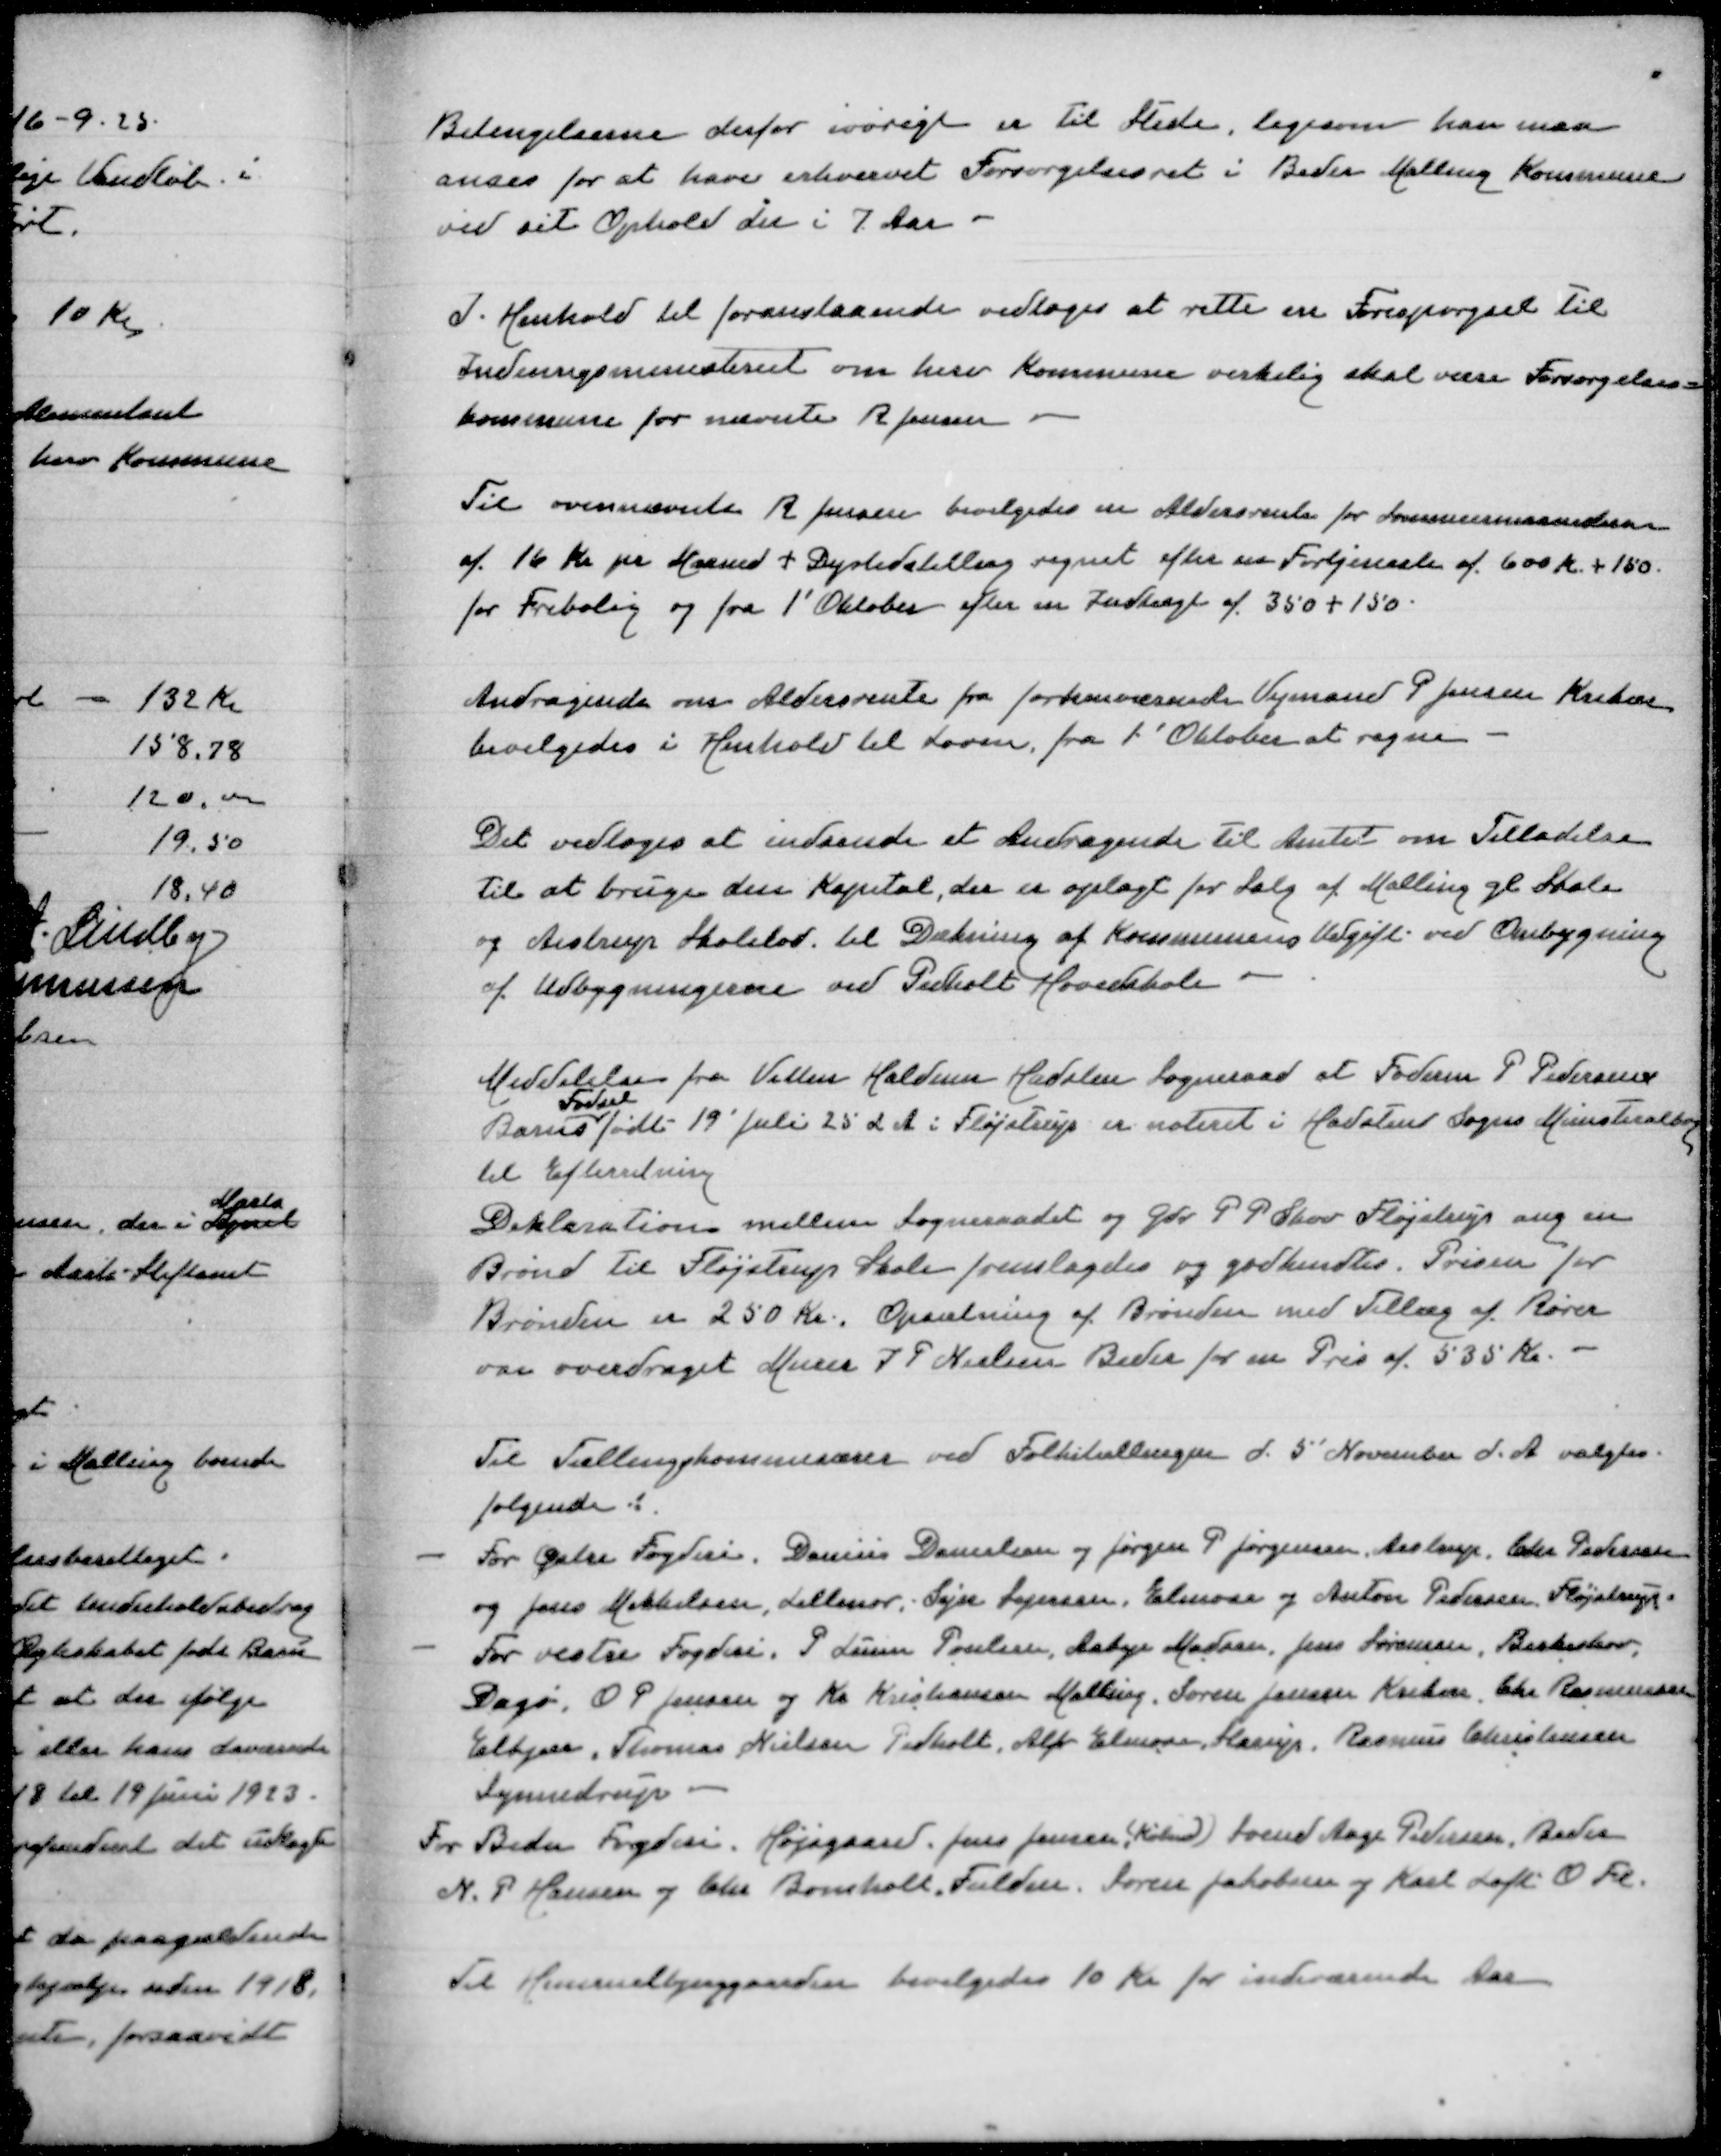
Transskription:
Betingelserne derfor iøvrigt er til Stede, ligesom han maa
anses for at have erhvervet Forsørgelsesret i Beder Malling Kommune
ved sit Ophold der i 7 Aar

I Henhold til foranstaaende vedtoges at rette en Forespørgsel til
Indenrigsministeriet om herv Kommune virkelig skal være Forsørgelses=
kommune for nævnte R Jensen

Til ovennævnte R Jensen bevilgedes en Aldersrente for Sommermaanederne
af 16 Kr pr Maaned + Dyrtidstillæg regnet efter en Fortjeneste af 600 Kr + 150
for Fribolig og fra 1' Oktober efter en Indtægt af 350 + 150

Andragende om Aldersrente fra forhenværende Vejmand P Jensen Krekær
bevilgedes i Henhold til Loven fra 1' Oktober at regne

Det vedtoges at indsende et Andragende til Amtet om Tilladelse
til at bruge den Kapital, der er oplagt til Salg af Malling gl Skole
og Aistrup Skolelod til Dækning af Kommunens Udgift ved Ombygning
af Udbygningerne ved Pedholt Hovedskole

Meddelelse fra Vitten Haldum Hadsten Sogneraad at Foderm P Pedersens
Fødsel
Barns født 19' Juli 25 d A i Fløjstrup er noteret i Hadsten Sogns Minesteralbog
til Efterretning
Deklaration mellem Sogneraadet og Gdr P P skov Fløjstrup ang en
Brønd til Fløjstrup Skole fremlagdes og godkendtes. Prisen for
Brønden er 250 Kr Opsætning af Brønden med Tillæg af Rører
var overdraget Murer I P Nielsen Beder for en Pris af 535 Kr

Til Tællingskommissærer ved Folketællingen d 5' November d A valgtes
følgende:
- For østre Fogderi Danius Danielsen og Jørgen P Jørgensen Aistrup, Chr Pedersen
og Jens Mikkelsen, Lillenor, Sejse Sejersen, Elmose og Anton Pedersen, Fløjstrup
- For vestre Fogderi P Lunn Poulsen, Aakjer Madsen, Jens Sørensen, Birkeskov,
Dagø, O P Jensen og Kr Kristensen Malling, Søren Jensen Krelær, Chr Rasmussen
Elkjær, Thomas Nielsen Pedholt, Alfr Elmose, Starup, Rasmus Christensen
Synnedrup
For Beder Fogderi Højsgaard, Jens Jensen (Købmd), Svend Aage Pedersen, Beder
N P Hansen og Chr Bomholt, Fulden Søren Jakobsen og Karl Loft O Fl

Til Himmelbjerggaarden bevilgedes 10 Kr for indeværende Aar